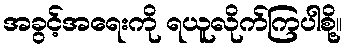
အခွင့်အရေးကို ရယူလိုက်ကြပါစို့။